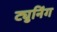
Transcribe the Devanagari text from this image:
ट्युनिंग